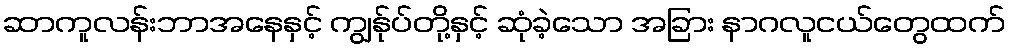
ဆာကူလန်းဘာအနေနှင့် ကျွန်ုပ်တို့နှင့် ဆုံခဲ့သော အခြား နာဂလူငယ်တွေထက်